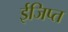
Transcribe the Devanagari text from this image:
ईजिप्‍त